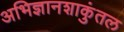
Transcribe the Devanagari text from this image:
अभिज्ञानशाकुंतल